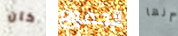
كان الجميع أنها